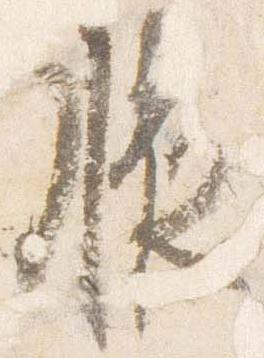
腋